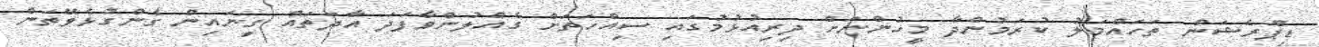
ޑިޕްރެޝަން ތަހައްމަލު ކުރަމުންދާ މީހުންނަށް ދިރިއުޅުމުގައި ސިއްހަތަށް ގެއްލުންވާފަދަ އާދަތައް ގިނައިން ގެންގުޅެވޭތަން